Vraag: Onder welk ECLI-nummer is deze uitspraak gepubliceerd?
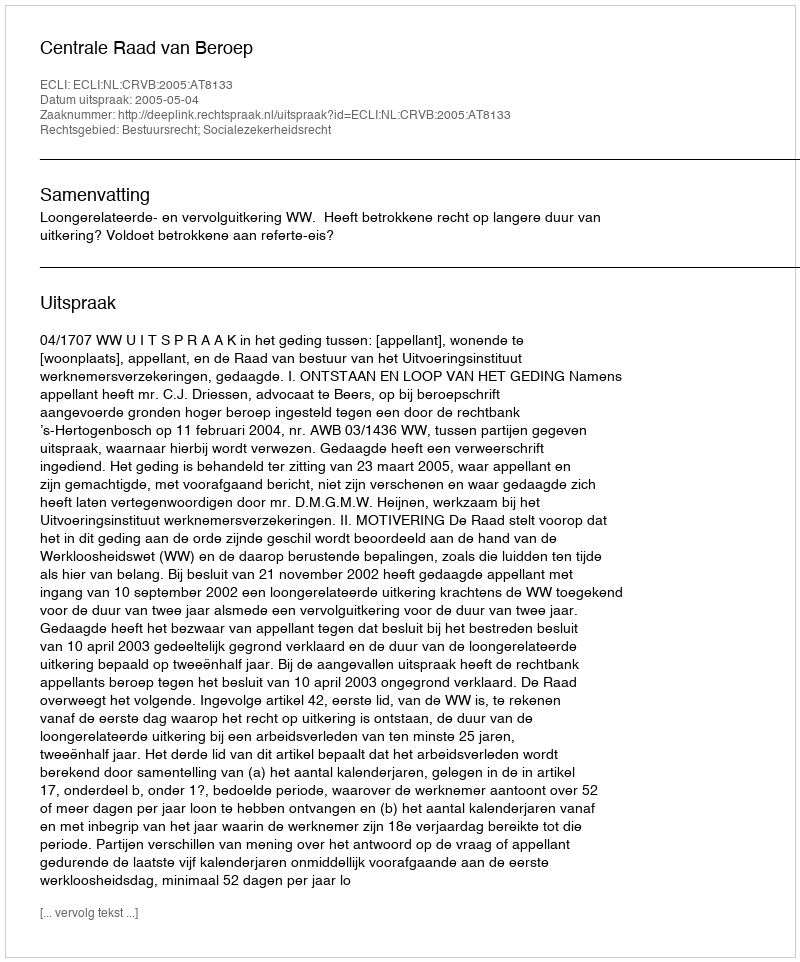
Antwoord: ECLI:NL:CRVB:2005:AT8133